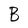
Character: B